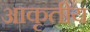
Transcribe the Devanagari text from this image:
आकृतीय